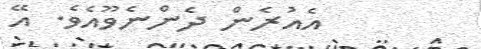
އެއުރެން ދެންނެވޫއެވެ. އޭ